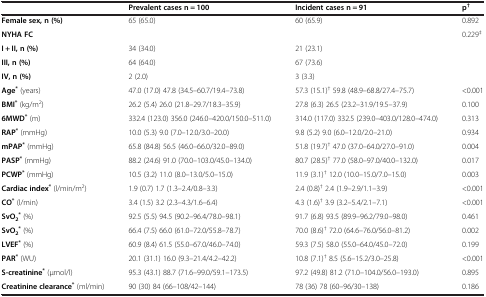
<table><thead><tr><td><b> </b></td><td><b>Prevalent cases n = 100</b></td><td><b>Incident cases n = 91</b></td><td><b>p<sup>†</sup></b></td></tr></thead><tbody><tr><td><b>Female sex, n (%)</b></td><td>65 (65.0)</td><td>60 (65.9)</td><td>0.892</td></tr><tr><td><b>NYHA FC</b></td><td> </td><td> </td><td rowspan="4">0.229<sup>‡</sup></td></tr><tr><td><b>I + II, n (%)</b></td><td>34 (34.0)</td><td>21 (23.1)</td></tr><tr><td><b>III, n (%)</b></td><td>64 (64.0)</td><td>67 (73.6)</td></tr><tr><td><b>IV, n (%)</b></td><td>2 (2.0)</td><td>3 (3.3)</td></tr><tr><td><b>Age</b><sup><b>*</b></sup> (years)</td><td>47.0 (17.0) 47.8 (34.5–60.7/19.4–73.8)</td><td>57.3 (15.1)<sup>†</sup> 59.8 (48.9–68.8/27.4–75.7)</td><td>&lt;0.001</td></tr><tr><td><b>BMI</b><sup><b>*</b></sup> (kg/m<sup>2</sup>)</td><td>26.2 (5.4) 26.0 (21.8–29.7/18.3–35.9)</td><td>27.8 (6.3) 26.5 (23.2–31.9/19.5–37.9)</td><td>0.100</td></tr><tr><td><b>6MWD</b><sup><b>*</b></sup> (m)</td><td>332.4 (123.0) 356.0 (246.0–420.0/150.0–511.0)</td><td>314.0 (117.0) 332.5 (239.0–403.0/128.0–474.0)</td><td>0.313</td></tr><tr><td><b>RAP</b><sup><b>*</b></sup> (mmHg)</td><td>10.0 (5.3) 9.0 (7.0–12.0/3.0–20.0)</td><td>9.8 (5.2) 9.0 (6.0–12.0/2.0–21.0)</td><td>0.934</td></tr><tr><td><b>mPAP</b><sup><b>*</b></sup> (mmHg)</td><td>65.8 (84.8) 56.5 (46.0–66.0/32.0–89.0)</td><td>51.8 (19.7)<sup>†</sup> 47.0 (37.0–64.0/27.0–91.0)</td><td>0.004</td></tr><tr><td><b>PASP</b><sup><b>*</b></sup> (mmHg)</td><td>88.2 (24.6) 91.0 (70.0–103.0/45.0–134.0)</td><td>80.7 (28.5)<sup>†</sup> 77.0 (58.0–97.0/40.0–132.0)</td><td>0.017</td></tr><tr><td><b>PCWP</b><sup><b>*</b></sup> (mmHg)</td><td>10.5 (3.2) 11.0 (8.0–13.0/5.0–15.0)</td><td>11.9 (3.1)<sup>†</sup> 12.0 (10.0–15.0/7.0–15.0)</td><td>0.003</td></tr><tr><td><b>Cardiac index</b><sup><b>*</b></sup> (l/min/m<sup>2</sup>)</td><td>1.9 (0.7) 1.7 (1.3–2.4/0.8–3.3)</td><td>2.4 (0.8)<sup>†</sup> 2.4 (1.9–2.9/1.1–3.9)</td><td>&lt;0.001</td></tr><tr><td><b>CO</b><sup><b>*</b></sup> (l/min)</td><td>3.4 (1.5) 3.2 (2.3–4.3/1.6–6.4)</td><td>4.3 (1.6)<sup>†</sup> 3.9 (3.2–5.4/2.1–7.1)</td><td>&lt;0.001</td></tr><tr><td><b>SvO</b><sub><b>2</b></sub><sup><b>*</b></sup> (%)</td><td>92.5 (5.5) 94.5 (90.2–96.4/78.0–98.1)</td><td>91.7 (6.8) 93.5 (89.9–96.2/79.0–98.0)</td><td>0.461</td></tr><tr><td><b>SvO</b><sub><b>2</b></sub><sup><b>*</b></sup> (%)</td><td>66.4 (7.5) 66.0 (61.0–72.0/55.8–78.7)</td><td>70.0 (8.6)<sup>†</sup> 72.0 (64.6–76.0/56.0–81.2)</td><td>0.002</td></tr><tr><td><b>LVEF</b><sup><b>*</b></sup> (%)</td><td>60.9 (8.4) 61.5 (55.0–67.0/46.0–74.0)</td><td>59.3 (7.5) 58.0 (55.0–64.0/45.0–72.0)</td><td>0.199</td></tr><tr><td><b>PAR</b><sup><b>*</b></sup> (WU)</td><td>20.1 (31.1) 16.0 (9.3–21.4/4.2–42.2)</td><td>10.8 (7.1)<sup>†</sup> 8.5 (5.6–15.2/3.0–25.8)</td><td>&lt;0.001</td></tr><tr><td><b>S-creatinine</b><sup><b>*</b></sup> (μmol/l)</td><td>95.3 (43.1) 88.7 (71.6–99.0/59.1–173.5)</td><td>97.2 (49.8) 81.2 (71.0–104.0/56.0–193.0)</td><td>0.895</td></tr><tr><td><b>Creatinine clearance</b><sup><b>*</b></sup> (ml/min)</td><td>90 (30) 84 (66–108/42–144)</td><td>78 (36) 78 (60–96/30–138)</td><td>0.186</td></tr></tbody></table>